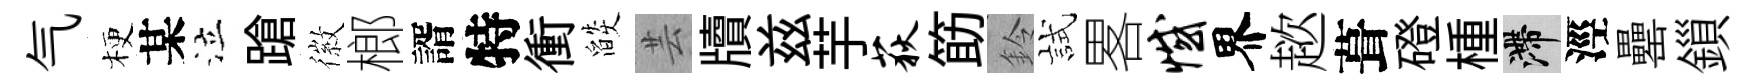
气梗某泣蹌徽榔諝特衝燄芸牘兹芋荻筯鈴試畧憾界趑葺磴㮔滯涇罍鎻